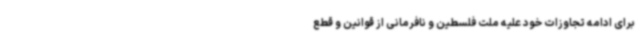
برای ادامه تجاوزات خود علیه ملت فلسطین و نافرمانی از قوانین و قطع